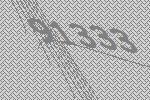
91333